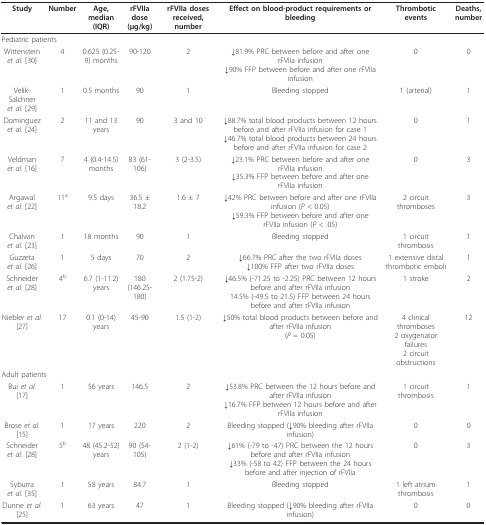
<table><thead><tr><td><b>Study</b></td><td><b>Number</b></td><td><b>Age, median (IQR)</b></td><td><b>rFVIIa dose(μg/kg)</b></td><td><b>rFVIIa doses received, number</b></td><td><b>Effect on blood-product requirements or bleeding</b></td><td><b>Thrombotic events</b></td><td><b>Deaths, number</b></td></tr></thead><tbody><tr><td colspan="8">Pediatric patients</td></tr><tr><td>Wittenstein <i>et al. </i>[30]</td><td>4</td><td>0.625 (0.25-9) months</td><td>90-120</td><td>2</td><td>↓81.9% PRC between before and after one rFVIIa infusion↓90% FFP between before and after one rFVIIa infusion</td><td>0</td><td>0</td></tr><tr><td>Velik-Salchner <i>et al. </i>[29]</td><td>1</td><td>0.5 months</td><td>90</td><td>1</td><td>Bleeding stopped</td><td>1 (arterial)</td><td>1</td></tr><tr><td>Dominguez <i>et al. </i>[24]</td><td>2</td><td>11 and 13 years</td><td>90</td><td>3 and 10</td><td>↓88.7% total blood products between 12 hours before and after rFVIIa infusion for case 1↓46.7% total blood products between 24 hours before and after rFVIIa infusion for case 2</td><td>0</td><td>1</td></tr><tr><td>Veldman <i>et al. </i>[16]</td><td>7</td><td>4 (0.4-14.5) months</td><td>83 (61-106)</td><td>3 (2-3.5)</td><td>↓23.1% PRC between before and after one rFVIIa infusion↓35.3% FFP between before and after one rFVIIa infusion</td><td>0</td><td>3</td></tr><tr><td>Argawal <i>et al. </i>[22]</td><td>11<sup>a</sup></td><td>9.5 days</td><td>36.5 ± 18.2</td><td>1.6 ± 7</td><td>↓42% PRC between before and after one rFVIIa infusion (<i>P </i>&lt; 0.05)↓59.3% FFP between before and after one rFVIIa infusion (<i>P </i>&lt; .05)</td><td>2 circuit thromboses</td><td>3</td></tr><tr><td>Chalwin <i>et al. </i>[23]</td><td>1</td><td>18 months</td><td>90</td><td>1</td><td>Bleeding stopped</td><td>1 circuit thrombosis</td><td>1</td></tr><tr><td>Guzzeta <i>et al. </i>[26]</td><td>1</td><td>5 days</td><td>70</td><td>2</td><td>↓66.7% PRC after the two rFVIIa doses↓100% FFP after two rFVIIa doses</td><td>1 extensive distal thrombotic emboli</td><td>1</td></tr><tr><td>Schneider <i>et al. </i>[28]</td><td>4<sup>b</sup></td><td>6.7 (1-11.2) years</td><td>180 (146.25-180)</td><td>2 (1.75-2)</td><td>↓46.5% (-71.25 to -2.25) PRC between 12 hours before and after rFVIIa infusion14.5% (-49.5 to 21.5) FFP between 24 hours before and after rFVIIa infusion</td><td>1 stroke</td><td>2</td></tr><tr><td>Niebler <i>et al. </i>[27]</td><td>17</td><td>0.1 (0-14) years</td><td>45-90</td><td>1.5 (1-2)</td><td>↓50% total blood products between before and after rFVIIa infusion(<i>P </i>= 0.05)</td><td>4 clinical thromboses2 oxygenator failures2 circuit obstructions</td><td>12</td></tr><tr><td colspan="8">Adult patients</td></tr><tr><td>Bui <i>et al. </i>[17]</td><td>1</td><td>56 years</td><td>146.5</td><td>2</td><td>↓53.8% PRC between the 12 hours before and after rFVIIa infusion↓16.7% FFP between 12 hours before and after rFVIIa infusion</td><td>1 circuit thrombosis</td><td>1</td></tr><tr><td>Brose <i>et al. </i>[15]</td><td>1</td><td>17 years</td><td>220</td><td>2</td><td>Bleeding stopped (↓90% bleeding after rFVIIa infusion)</td><td>0</td><td>0</td></tr><tr><td>Schneider <i>et al. </i>[28]</td><td>5<sup>b</sup></td><td>48 (45.2-52) years</td><td>90 (54-105)</td><td>2 (1-2)</td><td>↓61% (-79 to -47) PRC between the 12 hours before and after rFVIIa infusion↓33% (-58 to 42) FFP between the 24 hours before and after injection of rFVIIa</td><td>0</td><td>3</td></tr><tr><td>Syburra <i>et al. </i>[35]</td><td>1</td><td>58 years</td><td>84.7</td><td>1</td><td>Bleeding stopped</td><td>1 left atrium thrombosis</td><td>1</td></tr><tr><td>Dunne <i>et al. </i>[25]</td><td>1</td><td>63 years</td><td>47</td><td>1</td><td>Bleeding stopped (↓90% bleeding after rFVIIa infusion)</td><td>0</td><td>0</td></tr></tbody></table>